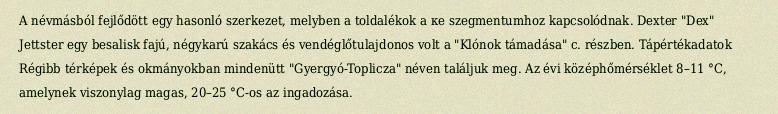
A névmásból fejlődött egy hasonló szerkezet, melyben a toldalékok a ке szegmentumhoz kapcsolódnak. Dexter "Dex" Jettster egy besalisk fajú, négykarú szakács és vendéglőtulajdonos volt a "Klónok támadása" c. részben. Tápértékadatok Régibb térképek és okmányokban mindenütt "Gyergyó-Toplicza" néven találjuk meg. Az évi középhőmérséklet 8–11 °C, amelynek viszonylag magas, 20–25 °C-os az ingadozása.